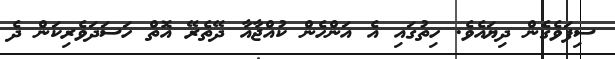
ސިފަވެގެން ދިޔައެވެ. ހިތުގައި އެ އަންހެން ކުއްޖާއާ ދޭތެރޭ އޮތް ހަސަދަވެރިކަން ދެ